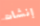
إنشات